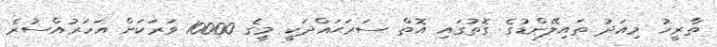
ތާރީޚު މިއަދު ތައިލޭންޑުގެ ގޮތުގައި އޮތް ސަރަޙައްދަކީ މީގެ 10000 ވަރަކަށް އަހަރުއްސުރެ